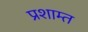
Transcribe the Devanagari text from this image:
प्रशाम्त